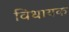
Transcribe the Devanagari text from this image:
विधायक